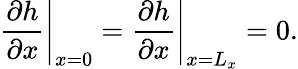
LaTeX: \left.\frac{\partial h}{\partial x}\right|_{x=0}=\left.\frac{\partial h}{\partial x}\right|_{x=L_{x}}=0.